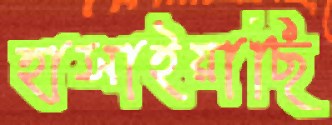
হাসাইয়াছি